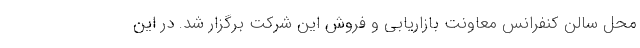
محل سالن کنفرانس معاونت بازاریابی و فروش این شرکت برگزار شد. در این